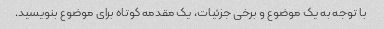
با توجه به یک موضوع و برخی جزئیات، یک مقدمه کوتاه برای موضوع بنویسید.